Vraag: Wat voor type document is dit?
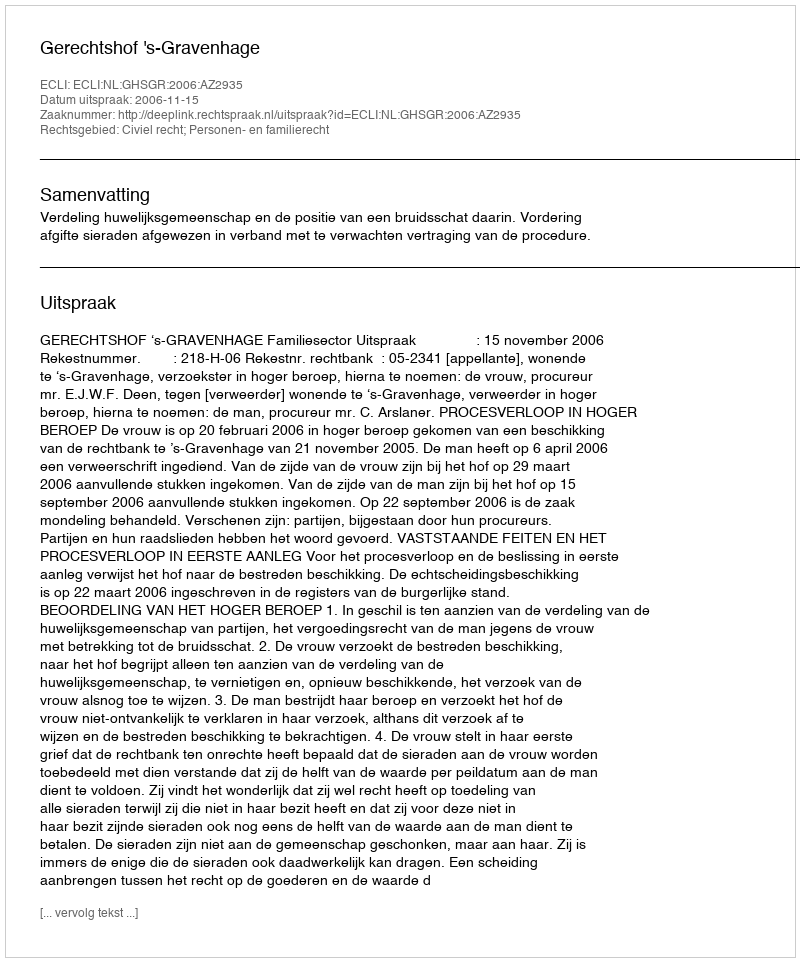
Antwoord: Uitspraak